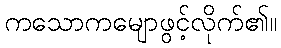
ကသောကမျောဖွင့်လိုက်၏။